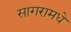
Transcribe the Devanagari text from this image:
सागरामधे